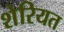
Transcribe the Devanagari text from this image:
शेरियत